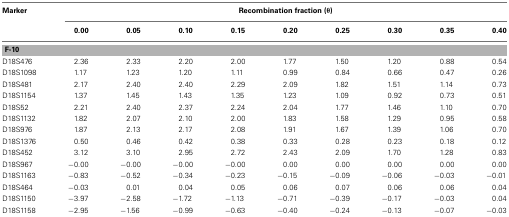
<table><thead><tr><td><b>Marker</b></td><td colspan="9"><b>Recombination fraction (θ)</b></td></tr><tr><td></td><td><b>0.00</b></td><td><b>0.05</b></td><td><b>0.10</b></td><td><b>0.15</b></td><td><b>0.20</b></td><td><b>0.25</b></td><td><b>0.30</b></td><td><b>0.35</b></td><td><b>0.40</b></td></tr></thead><tbody><tr><td colspan="10"><b>F-10</b></td></tr><tr><td>D18S476</td><td>2.36</td><td>2.33</td><td>2.20</td><td>2.00</td><td>1.77</td><td>1.50</td><td>1.20</td><td>0.88</td><td>0.54</td></tr><tr><td>D18S1098</td><td>1.17</td><td>1.23</td><td>1.20</td><td>1.11</td><td>0.99</td><td>0.84</td><td>0.66</td><td>0.47</td><td>0.26</td></tr><tr><td>D18S481</td><td>2.17</td><td>2.40</td><td>2.40</td><td>2.29</td><td>2.09</td><td>1.82</td><td>1.51</td><td>1.14</td><td>0.73</td></tr><tr><td>D18S1154</td><td>1.37</td><td>1.45</td><td>1.43</td><td>1.35</td><td>1.23</td><td>1.09</td><td>0.92</td><td>0.73</td><td>0.51</td></tr><tr><td>D18S52</td><td>2.21</td><td>2.40</td><td>2.37</td><td>2.24</td><td>2.04</td><td>1.77</td><td>1.46</td><td>1.10</td><td>0.70</td></tr><tr><td>D18S1132</td><td>1.82</td><td>2.07</td><td>2.10</td><td>2.00</td><td>1.83</td><td>1.58</td><td>1.29</td><td>0.95</td><td>0.58</td></tr><tr><td>D18S976</td><td>1.87</td><td>2.13</td><td>2.17</td><td>2.08</td><td>1.91</td><td>1.67</td><td>1.39</td><td>1.06</td><td>0.70</td></tr><tr><td>D18S1376</td><td>0.50</td><td>0.46</td><td>0.42</td><td>0.38</td><td>0.33</td><td>0.28</td><td>0.23</td><td>0.18</td><td>0.12</td></tr><tr><td>D18S452</td><td>3.12</td><td>3.10</td><td>2.95</td><td>2.72</td><td>2.43</td><td>2.09</td><td>1.70</td><td>1.28</td><td>0.83</td></tr><tr><td>D18S967</td><td>−0.00</td><td>−0.00</td><td>−0.00</td><td>−0.00</td><td>0.00</td><td>0.00</td><td>0.00</td><td>0.00</td><td>0.00</td></tr><tr><td>D18S1163</td><td>−0.83</td><td>−0.52</td><td>−0.34</td><td>−0.23</td><td>−0.15</td><td>−0.09</td><td>−0.06</td><td>−0.03</td><td>−0.01</td></tr><tr><td>D18S464</td><td>−0.03</td><td>0.01</td><td>0.04</td><td>0.05</td><td>0.06</td><td>0.07</td><td>0.06</td><td>0.06</td><td>0.04</td></tr><tr><td>D18S1150</td><td>−3.97</td><td>−2.58</td><td>−1.72</td><td>−1.13</td><td>−0.71</td><td>−0.39</td><td>−0.17</td><td>−0.03</td><td>0.04</td></tr><tr><td>D18S1158</td><td>−2.95</td><td>−1.56</td><td>−0.99</td><td>−0.63</td><td>−0.40</td><td>−0.24</td><td>−0.13</td><td>−0.07</td><td>−0.03</td></tr></tbody></table>